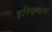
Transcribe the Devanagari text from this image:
इरिक्थस